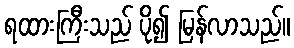
ရထားကြီးသည် ပို၍ မြန်လာသည်။